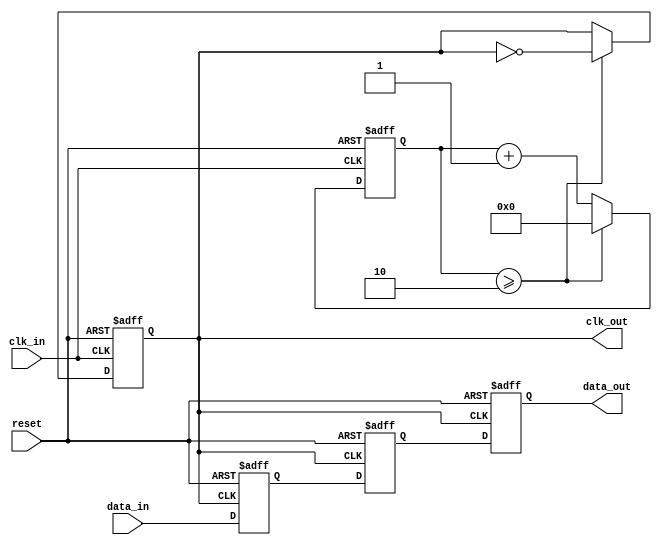
module pll_synchronizer (
    input wire clk_in,          // Incoming clock signal
    input wire data_in,         // Incoming data signal
    input wire reset,           // Reset signal
    output reg clk_out,         // Synchronized output clock
    output reg data_out         // Synchronized output data
);

    // Parameters for PLL
    parameter integer VCO_FREQ = 100; // VCO frequency multiplier
    parameter integer DIV_FACTOR = 2;  // Clock divider factor

    // Internal signals
    reg [1:0] phase_error;          // Phase error signal
    reg [7:0] loop_filter;           // Loop filter output
    reg [7:0] vco_output;            // VCO output
    reg [7:0] clk_divider;           // Clock divider counter
    reg [1:0] state;                 // State for synchronization

    // Phase Detector (PD)
    always @(posedge clk_in or posedge reset) begin
        if (reset) begin
            phase_error <= 2'b00;
        end else begin
            // Simple phase comparison logic
            if (clk_out) begin
                phase_error <= 2'b01; // Output clock is ahead
            end else begin
                phase_error <= 2'b10; // Output clock is behind
            end
        end
    end

    // Loop Filter (LF)
    always @(posedge clk_in or posedge reset) begin
        if (reset) begin
            loop_filter <= 8'b00000000;
        end else begin
            // Simple low-pass filter implementation
            loop_filter <= loop_filter + phase_error;
        end
    end

    // Voltage-Controlled Oscillator (VCO)
    always @(posedge clk_in or posedge reset) begin
        if (reset) begin
            vco_output <= 8'b00000000;
        end else begin
            // Adjust VCO output based on loop filter
            vco_output <= loop_filter * VCO_FREQ;
        end
    end

    // Clock Divider
    always @(posedge clk_in or posedge reset) begin
        if (reset) begin
            clk_divider <= 8'b00000000;
            clk_out <= 0;
        end else begin
            clk_divider <= clk_divider + 1;
            if (clk_divider >= DIV_FACTOR) begin
                clk_out <= ~clk_out; // Toggle output clock
                clk_divider <= 0;     // Reset divider
            end
        end
    end

    // Data Synchronization Circuit
    reg data_sync_1, data_sync_2;

    always @(posedge clk_out or posedge reset) begin
        if (reset) begin
            data_sync_1 <= 0;
            data_sync_2 <= 0;
            data_out <= 0;
        end else begin
            data_sync_1 <= data_in; // First stage of synchronization
            data_sync_2 <= data_sync_1; // Second stage of synchronization
            data_out <= data_sync_2; // Output synchronized data
        end
    end

endmodule